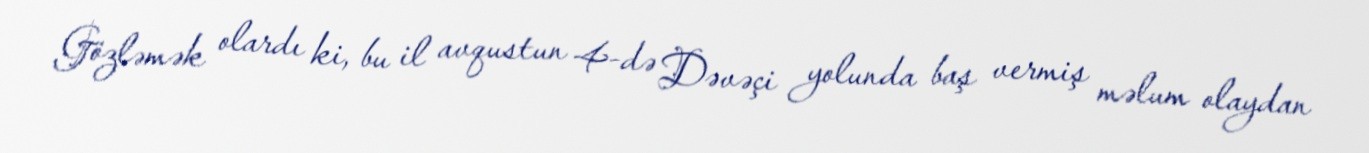
Gözləmək olardı ki, bu il avqustun 4-də Dəvəçi yolunda baş vermiş məlum olaydan